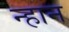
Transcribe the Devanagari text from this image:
न्हान